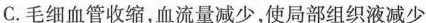
C.毛细血管收缩，血流量减少，使局部组织液减少